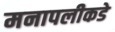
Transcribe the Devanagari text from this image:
मनापलीकडे